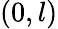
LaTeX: (0,l)